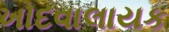
ખોદવાલાયક